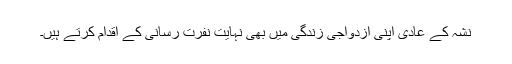
نشہ کے عادی اپنی ازدواجی زندگی میں بھی نہایت نفرت رسانی کے اقدام کرتے ہیں۔